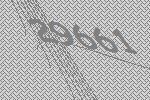
29661